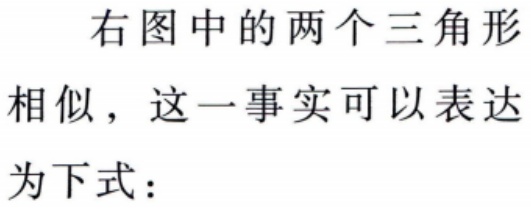
右图中的两个三角形

相似，这一事实可以表达

为下式：